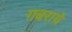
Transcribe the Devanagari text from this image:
गबराये